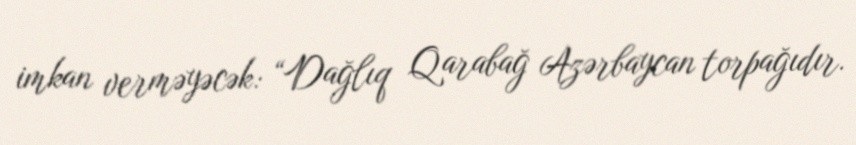
imkan verməyəcək: “Dağlıq Qarabağ Azərbaycan torpağıdır.